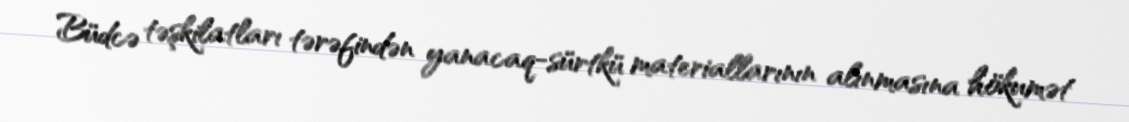
Büdcə təşkilatları tərəfindən yanacaq-sürtkü materiallarının alınmasına hökumət